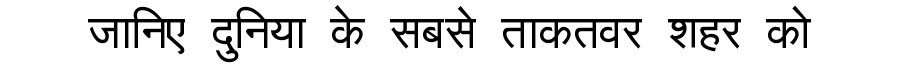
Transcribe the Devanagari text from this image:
जानिए दुनिया के सबसे ताकतवर शहर को